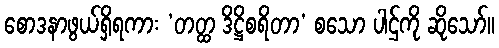
စောဒနာဖွယ်ရှိရကား ‘တတ္ထ ဒိဋ္ဌိစရိတာ’ စသော ပါဌ်ကို ဆိုသော်။